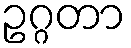
ဥဂ္ဂတာ